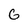
Character: G